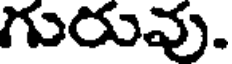
గురువు.